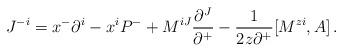
LaTeX: \begin{align*}J^{-i}=x^-\partial^i -x^i P^- +M^{iJ}\frac{\partial^J}{\partial^+}-\frac{1}{2z\partial^+}[M^{zi},A]\,.\end{align*}